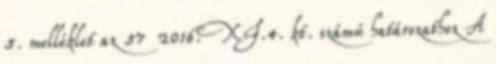
5. melléklet az 57 2016. XI.4. kt. számú határozathoz A